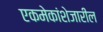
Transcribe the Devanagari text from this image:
एकमेकांशेजारील